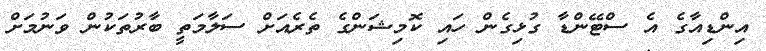
އިންޑިއާގެ އެ ސްޓޭންޑާ ގުޅިގެން ހައި ކޮމިޝަންގެ ތެރެއަށް ސަލާމަތީ ބާރުތަކުން ވަނުމަށް